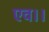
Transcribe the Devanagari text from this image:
एव।।